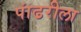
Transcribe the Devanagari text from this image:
पांढरीला